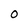
Character: o